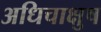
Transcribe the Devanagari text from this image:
अधिचाक्षुष